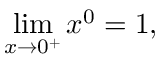
\operatorname* { l i m } _ { x \to 0 ^ { + } } x ^ { 0 } = 1 , \qquad